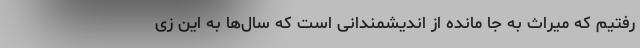
رفتیم که میراث به جا مانده از اندیشمندانی است که سال‌ها به این زی